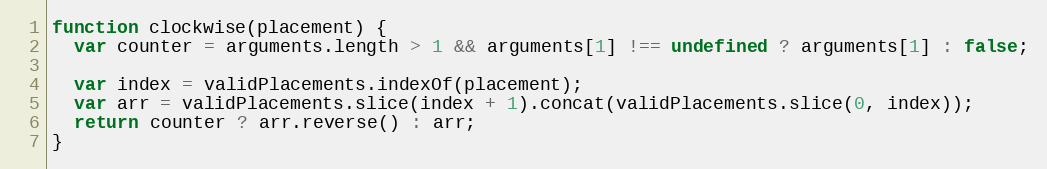
Language: JavaScript
function clockwise(placement) {
  var counter = arguments.length > 1 && arguments[1] !== undefined ? arguments[1] : false;

  var index = validPlacements.indexOf(placement);
  var arr = validPlacements.slice(index + 1).concat(validPlacements.slice(0, index));
  return counter ? arr.reverse() : arr;
}